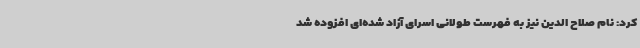
کرد: نام صلاح الدین نیز به فهرست طولانی اسرای آزاد شده‌ای افزوده شد